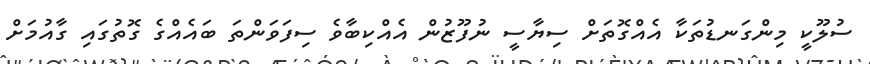
ސުލޫކީ މިންގަނޑުތަކާ އެއްގޮތަށް ސިޔާސީ ނުފޫޒުން އެއްކިބާވެ ސިފަވަންތަ ބައެއްގެ ގޮތުގައި ގާއުމަށް